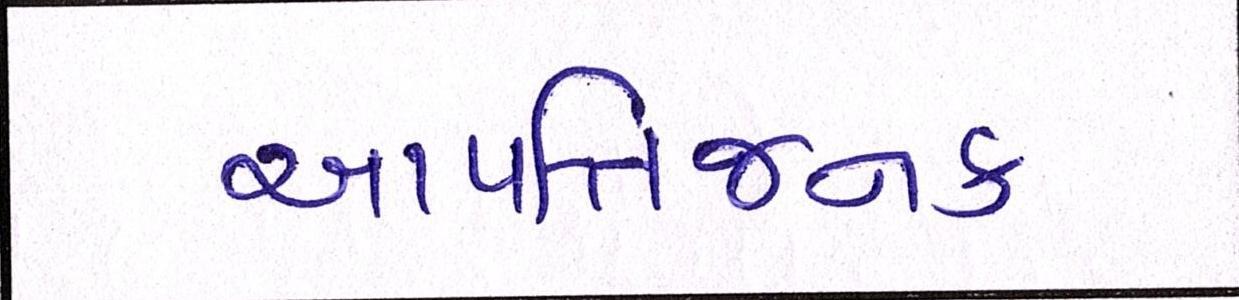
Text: આપત્તિજનક